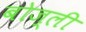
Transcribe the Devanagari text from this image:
बोज़्ली